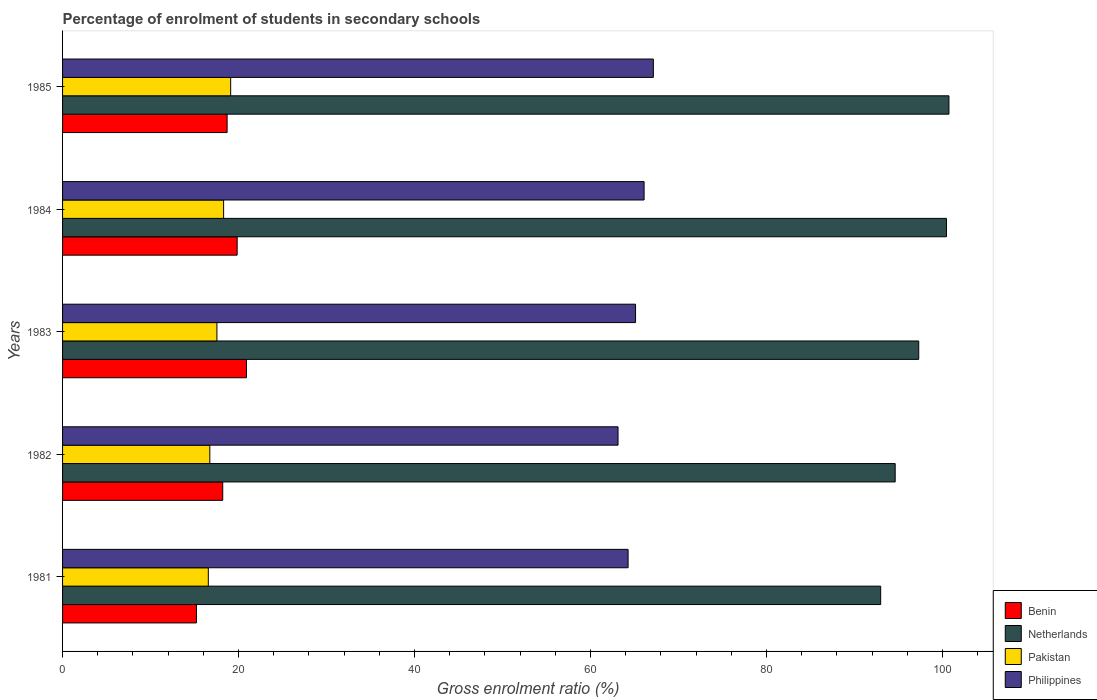
| Years | Benin | Netherlands | Pakistan | Philippines |
 | --- | --- | --- | --- | --- |
 | 1981 | 15.2 | 93 | 16.6 | 64.3 |
 | 1982 | 18.2 | 94.6 | 16.7 | 63.1 |
 | 1983 | 20.9 | 97.3 | 17.5 | 65.1 |
 | 1984 | 19.8 | 100 | 18.3 | 66.1 |
 | 1985 | 18.7 | 101 | 19.1 | 67.1 |